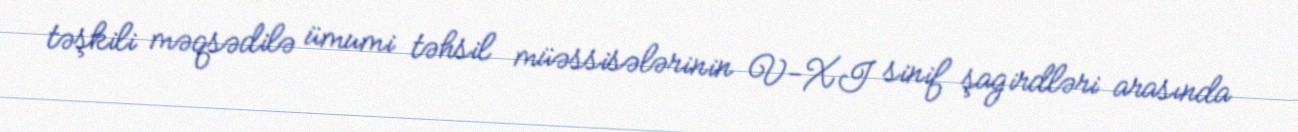
təşkili məqsədilə ümumi təhsil müəssisələrinin V-XI sinif şagirdləri arasında